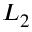
L _ { 2 }